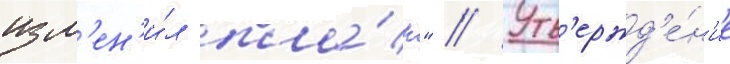
изм'ен'и́л пла́н" // Утв'ержд'е́н'ие